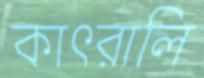
কাৎরালি